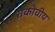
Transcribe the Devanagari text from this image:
राकोवीय